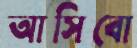
আসিবো